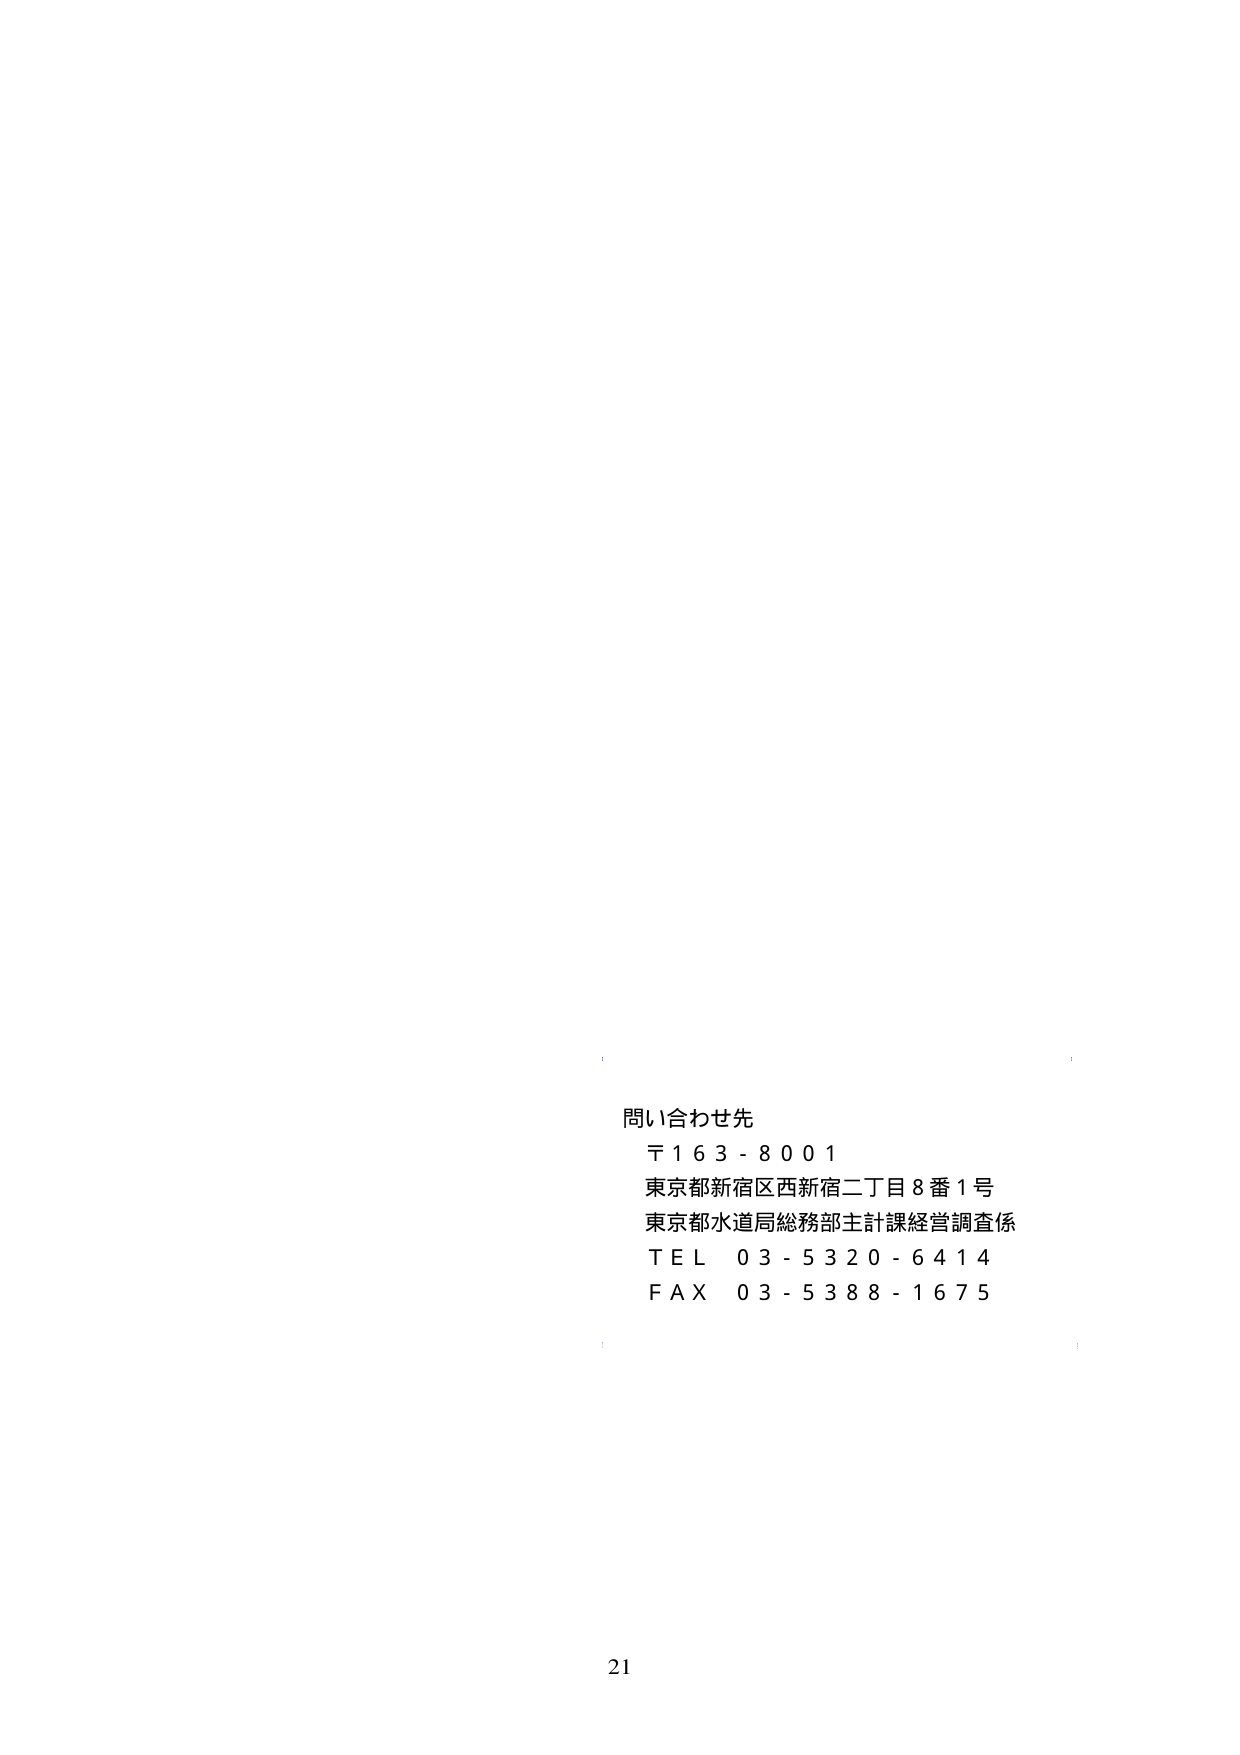
問い合わせ先
〒163-8001
東京都新宿区西新宿二丁目8番1号
東京都水道局総務部主計課経営調査係
ＴＥＬ 03-5320-6414
ＦＡＸ 03-5388-1675
21